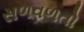
સળવળતો